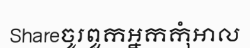
Shareចូរពួកអ្នកកុំអាល